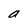
Character: a